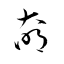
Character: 奛